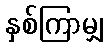
နှစ်ကြာမျှ